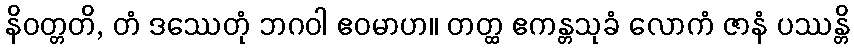
နိဝတ္တတိ, တံ ဒဿေတုံ ဘဂဝါ ဧဝမာဟ။ တတ္ထ ဧကန္တသုခံ လောကံ ဇာနံ ပဿန္တိ